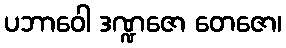
ပဘာဝေါ ဒဏ္ဍဇော တေဇော၊